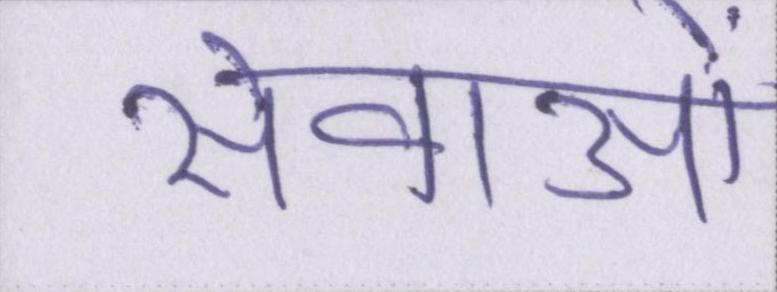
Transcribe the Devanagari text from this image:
सेवाओं